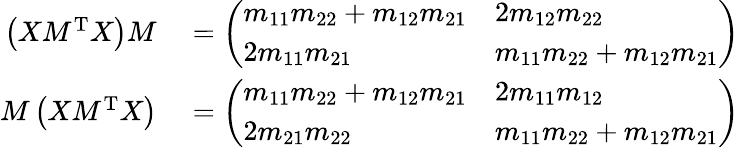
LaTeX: \begin{array}{rl}{\left(XM^{\mathrm{T}}X\right)M}&{{}=\left(\begin{array}{ll}{m_{11}m_{22}+m_{12}m_{21}}&{2m_{12}m_{22}}\\ {2m_{11}m_{21}}&{m_{11}m_{22}+m_{12}m_{21}}\end{array}\right)}\\ {M\left(XM^{\mathrm{T}}X\right)}&{{}=\left(\begin{array}{ll}{m_{11}m_{22}+m_{12}m_{21}}&{2m_{11}m_{12}}\\ {2m_{21}m_{22}}&{m_{11}m_{22}+m_{12}m_{21}}\end{array}\right)}\end{array}